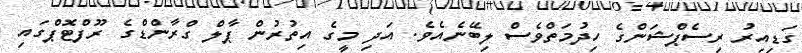
ގަޑިއިރު ރިސެޕްޝަންގެ ހިދުމަތްވެސް ލިބޭނެއެވެ. އަދި މީގެ އިތުރުން ޕާލް ގްރާންޑްގެ ރޫފްޓޮޕްގައި